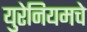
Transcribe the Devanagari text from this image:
युरेनियमचे